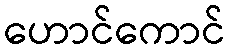
ဟောင်ကောင်